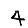
Digit: 4